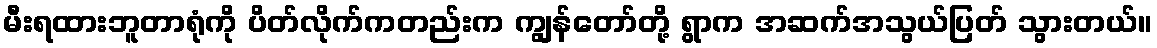
မီးရထားဘူတာရုံကို ပိတ်လိုက်ကတည်းက ကျွန်တော်တို့ ရွာက အဆက်အသွယ်ပြတ် သွားတယ်။